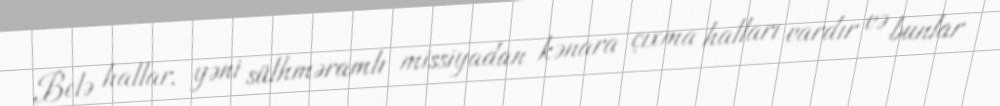
Belə hallar, yəni sülhməramlı missiyadan kənara çıxma halları vardır və bunlar